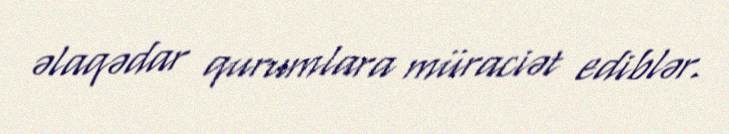
əlaqədar qurumlara müraciət ediblər.